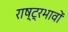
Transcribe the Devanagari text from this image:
राष्ट्रभावों